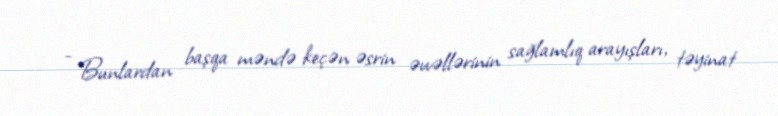
- Bunlardan başqa məndə keçən əsrin əvvəllərinin sağlamlıq arayışları, təyinat